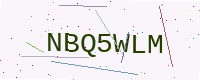
Text: NBQ5WLM